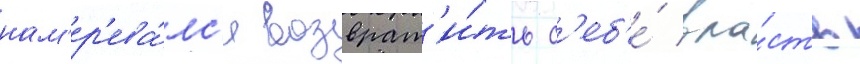
нам'ер'ева́лс'я возврат'и́ть с'еб'е́ вла́сть